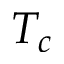
T _ { c }